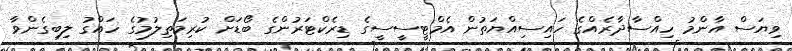
ވިޔަސް އާންމު ހިއްސާދާރެއްގެ ހައިސިއްޔަތުން އެމްޓީސީސީގެ ޑިރެކްޓަރުންގެ ބޯޑަށް ކުރިމަތިލުމުގެ ހައްގު ލިބިގެންވާ